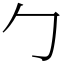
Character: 勹